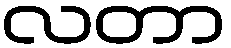
လတာ